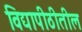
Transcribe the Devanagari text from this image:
विद्यापीठीतील